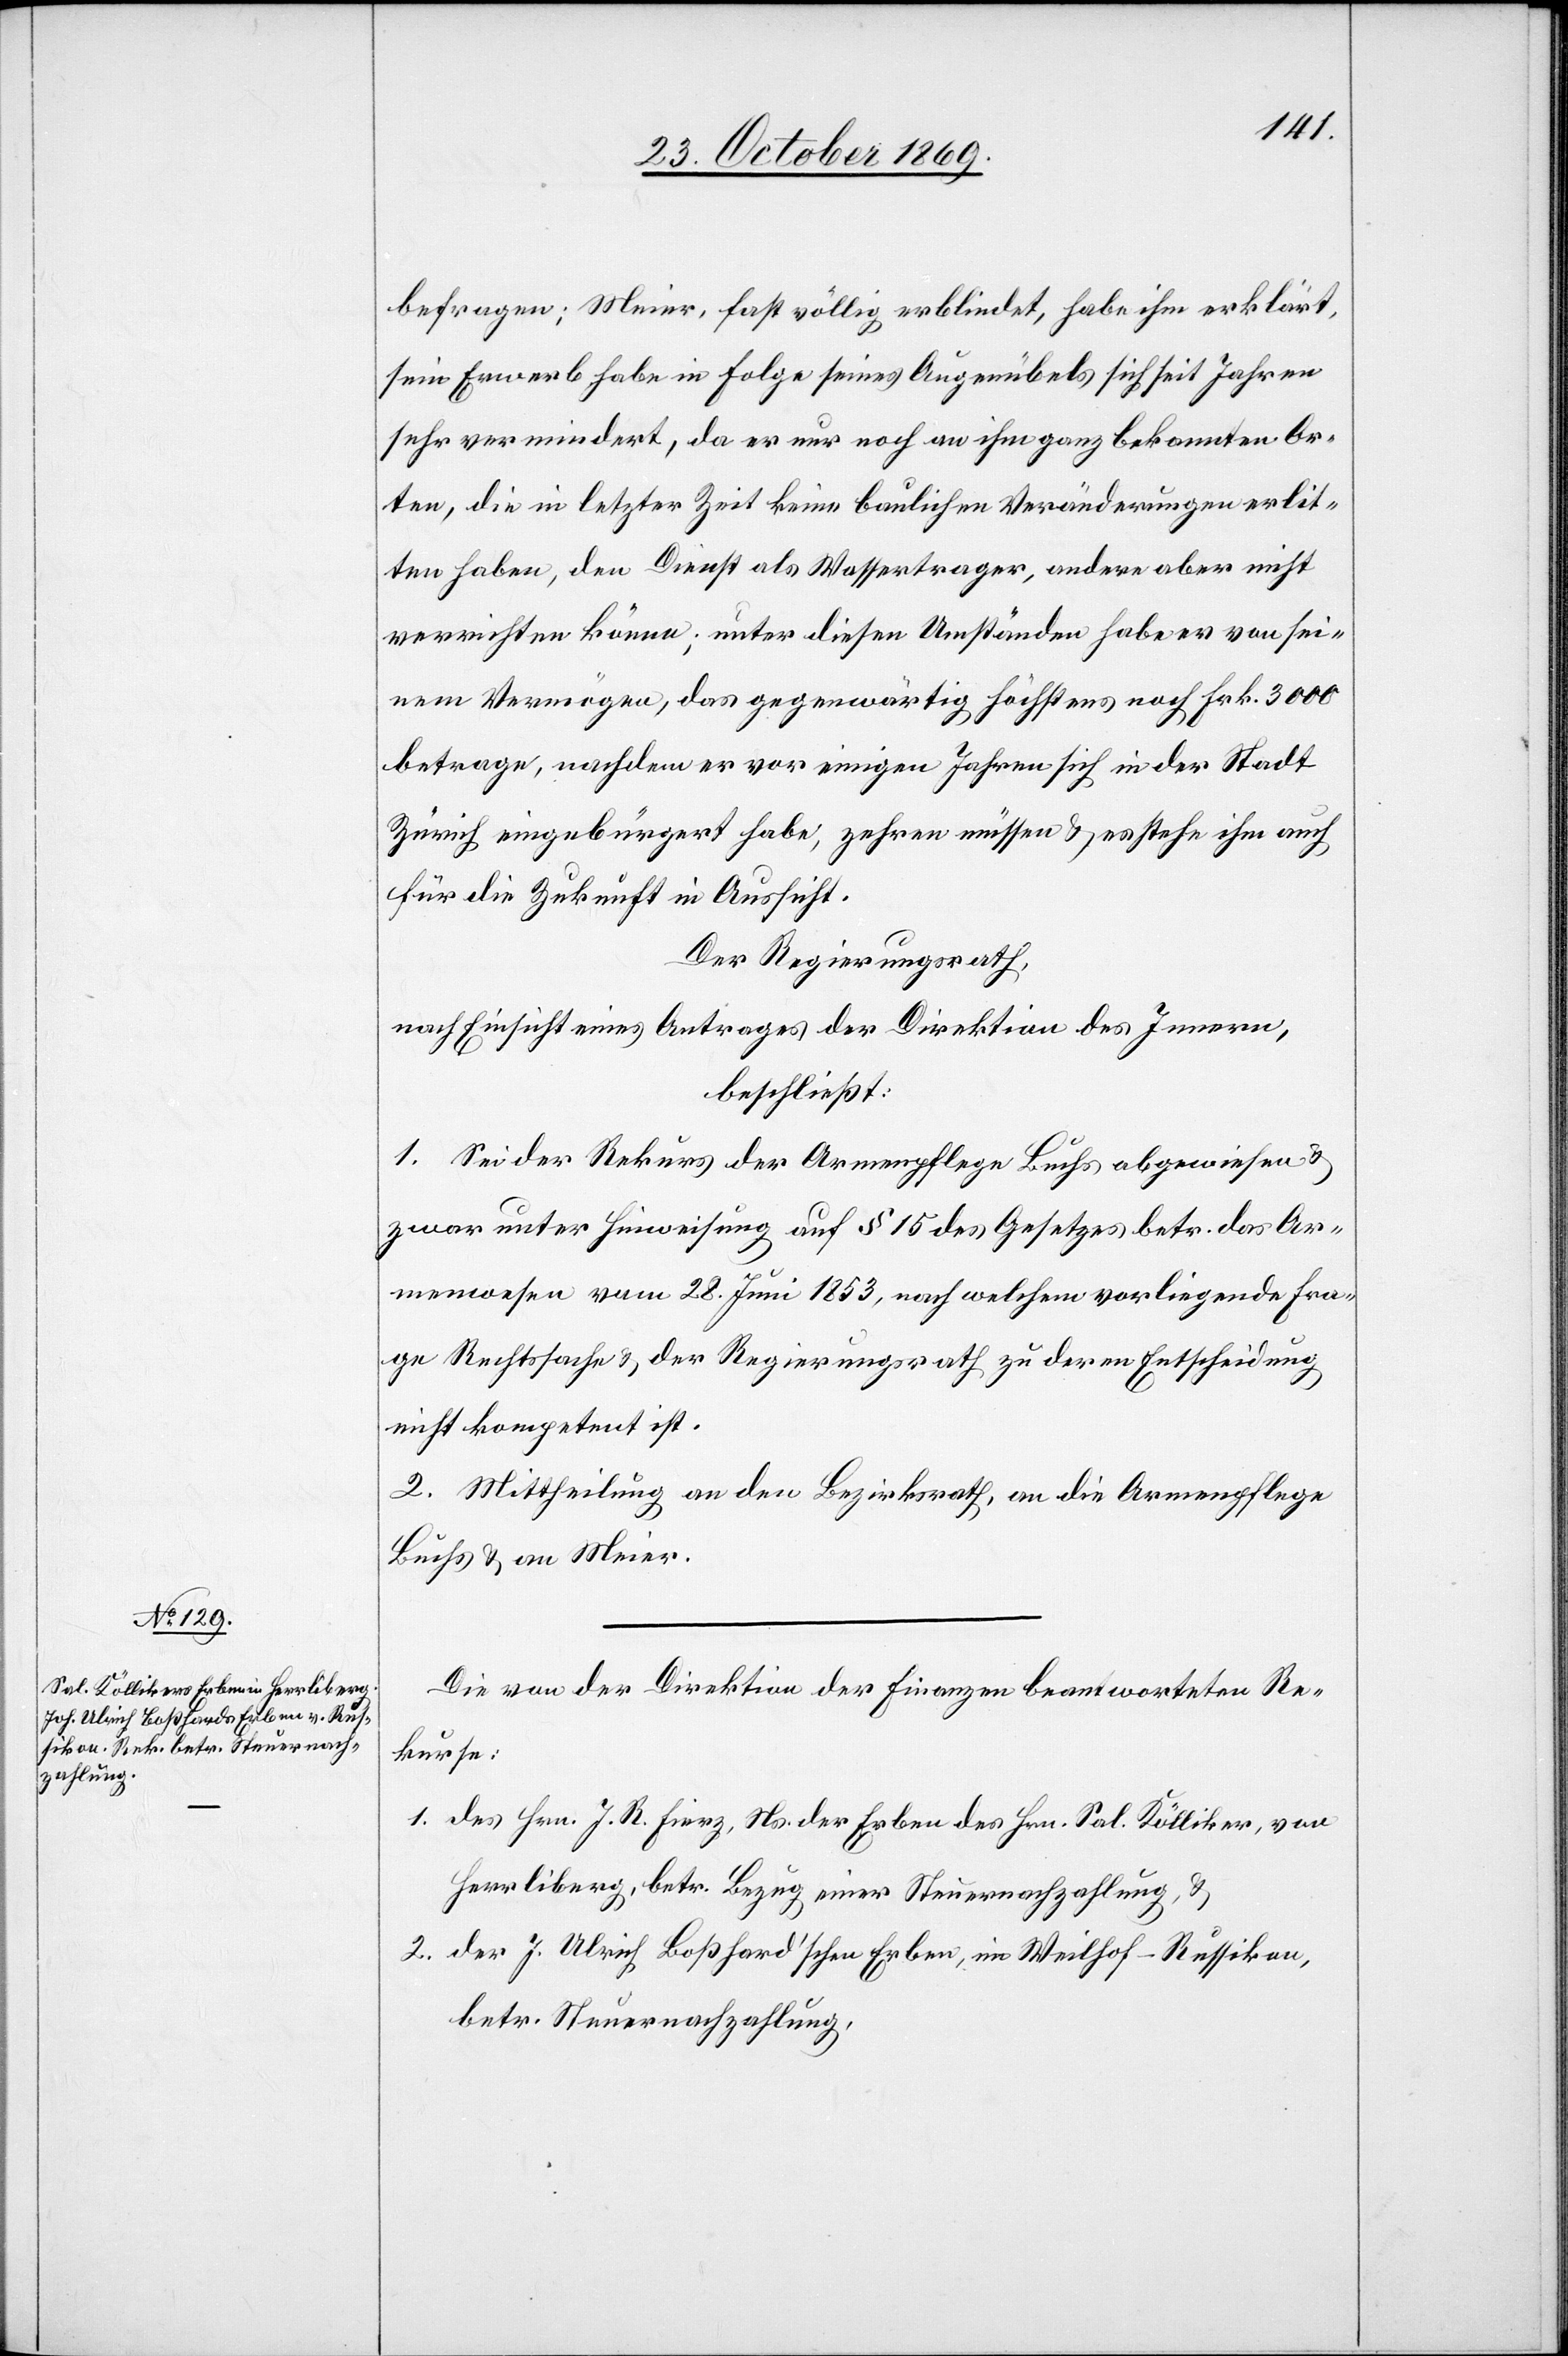
befragen; Meier, fast völlig erblindet, habe ihm erklärt,
sein Erwerb habe in Folge seines Augenübels sich seit Jahren
sehr vermindert, da er nur noch an ihm ganz bekannten Or¬
ten, die in letzter Zeit keine baulichen Veränderungen erlit¬
ten haben, den Dienst als Wassertrager, andere aber nicht
verrichten könne; unter diesen Umständen habe er von sei¬
nem Vermögen, das gegenwärtig höchstens noch Frk. 3000
betrage, nachdem er vor einigen Jahren sich in der Stadt
Zürich eingebürgert habe, zehren müssen & es stehe ihm auch
für die Zukunft in Aussicht.
Der Regierungsrath,
nach Einsicht eines Antrages der Direktion des Innern,
beschließt:
1. Sei der Rekurs der Armenpflege Buchs abgewiesen &
zwar unter Hinweisung auf § 15 des Gesetzes betr. das Ar¬
menwesen vom 28. Juni 1853, nach welchem vorliegende Fra¬
ge Rechtssache & der Regierungsrath zu deren Entscheidung
nicht kompetent ist.
2. Mittheilung an den Bezirksrath, an die Armenpflege
Buchs & an Meier.
Die von der Direktion der Finanzen beantworteten Re¬
kurse:
des Hrn. J. R. Fierz, Ns. der Erben des Hrn. Sal. Kölliker, von
Herrliberg, betr. Bezug einer Steuernachzahlung, &
der J. Ulrich Boßhard’schen Erben, im Weilhof - Russikon,
betr. Steuernachzahlung,